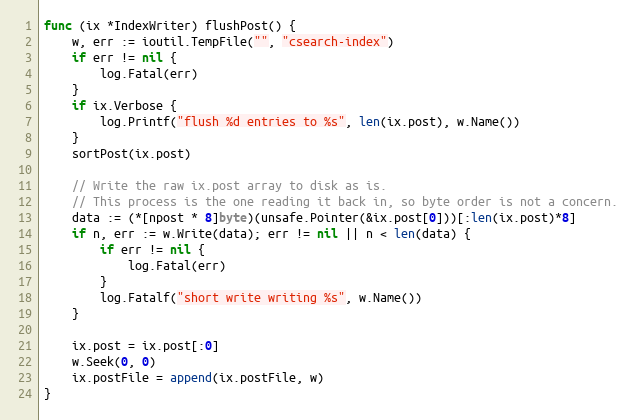
Language: Go
func (ix *IndexWriter) flushPost() {
	w, err := ioutil.TempFile("", "csearch-index")
	if err != nil {
		log.Fatal(err)
	}
	if ix.Verbose {
		log.Printf("flush %d entries to %s", len(ix.post), w.Name())
	}
	sortPost(ix.post)

	// Write the raw ix.post array to disk as is.
	// This process is the one reading it back in, so byte order is not a concern.
	data := (*[npost * 8]byte)(unsafe.Pointer(&ix.post[0]))[:len(ix.post)*8]
	if n, err := w.Write(data); err != nil || n < len(data) {
		if err != nil {
			log.Fatal(err)
		}
		log.Fatalf("short write writing %s", w.Name())
	}

	ix.post = ix.post[:0]
	w.Seek(0, 0)
	ix.postFile = append(ix.postFile, w)
}